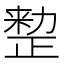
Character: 𠢫